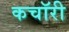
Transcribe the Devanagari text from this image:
कचॉरी